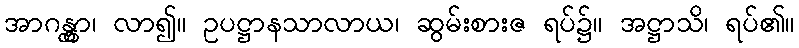
အာဂန္တွာ၊ လာ၍။ ဥပဋ္ဌာနသာလာယ၊ ဆွမ်းစားဇ ရပ်၌။ အဋ္ဌာသိ၊ ရပ်၏။